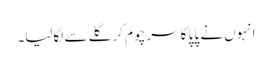
انہوں نے پاپا کا سر چوم کر گلے سے لگالیا۔